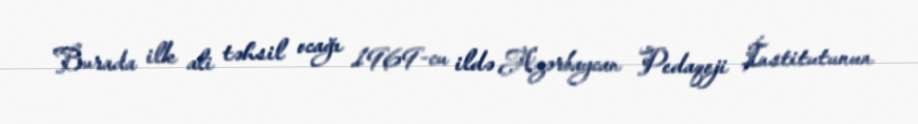
Burada ilk ali təhsil ocağı 1969-cu ildə Azərbaycan Pedaqoji İnstitutunun